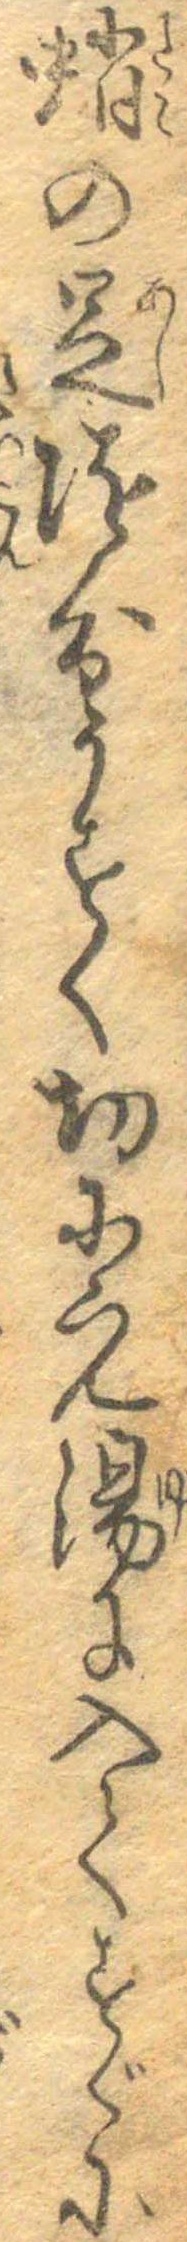
蛸の足随分うすく切にえ湯に入てすぐに